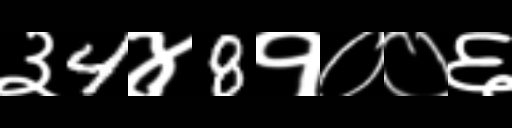
Text: ३4४8१००६